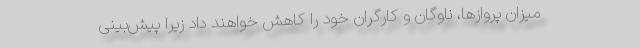
میزان پروازها، ناوگان و کارگران خود را کاهش خواهند داد زیرا پیش‌بینی